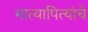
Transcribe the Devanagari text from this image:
मात्यापित्यांचे